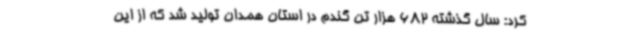
کرد: سال گذشته 682 هزار تن گندم در استان همدان تولید شد که از این